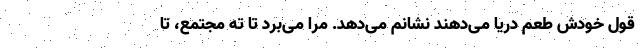
قول خودش طعم دریا می‌دهند نشانم می‌دهد. مرا می‌برد تا ته مجتمع، تا